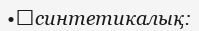
•	синтетикалық: